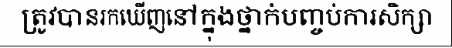
ត្រូវបានរកឃើញនៅក្នុងថ្នាក់បញ្ចប់ការសិក្សា